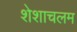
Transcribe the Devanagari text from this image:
शेशाचलम